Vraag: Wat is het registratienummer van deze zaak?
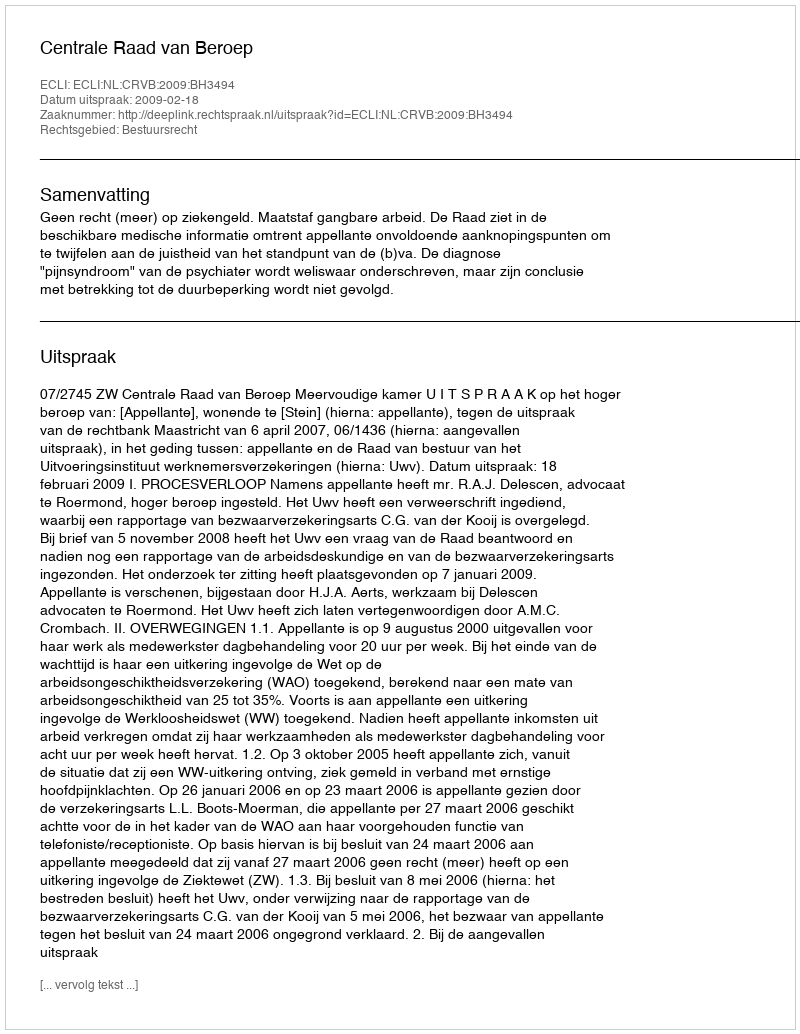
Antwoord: http://deeplink.rechtspraak.nl/uitspraak?id=ECLI:NL:CRVB:2009:BH3494